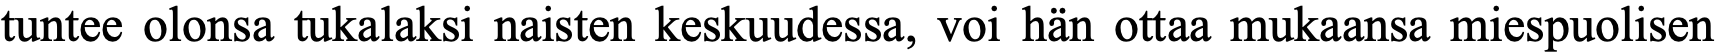
tuntee olonsa tukalaksi naisten keskuudessa, voi hän ottaa mukaansa miespuolisen